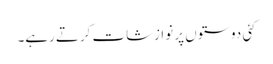
کئی دوستوں پر نوازشات کرتے رہے۔